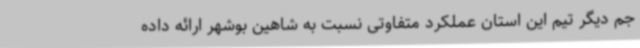
جم دیگر تیم این‌ استان عملکرد متفاوتی نسبت به شاهین بوشهر ارائه داده